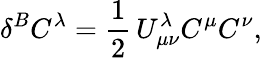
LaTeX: \delta^{B}C^{\lambda}=\frac{1}{2}\, U_{\mu\nu}^{\lambda}C^{\mu}C^{\nu},